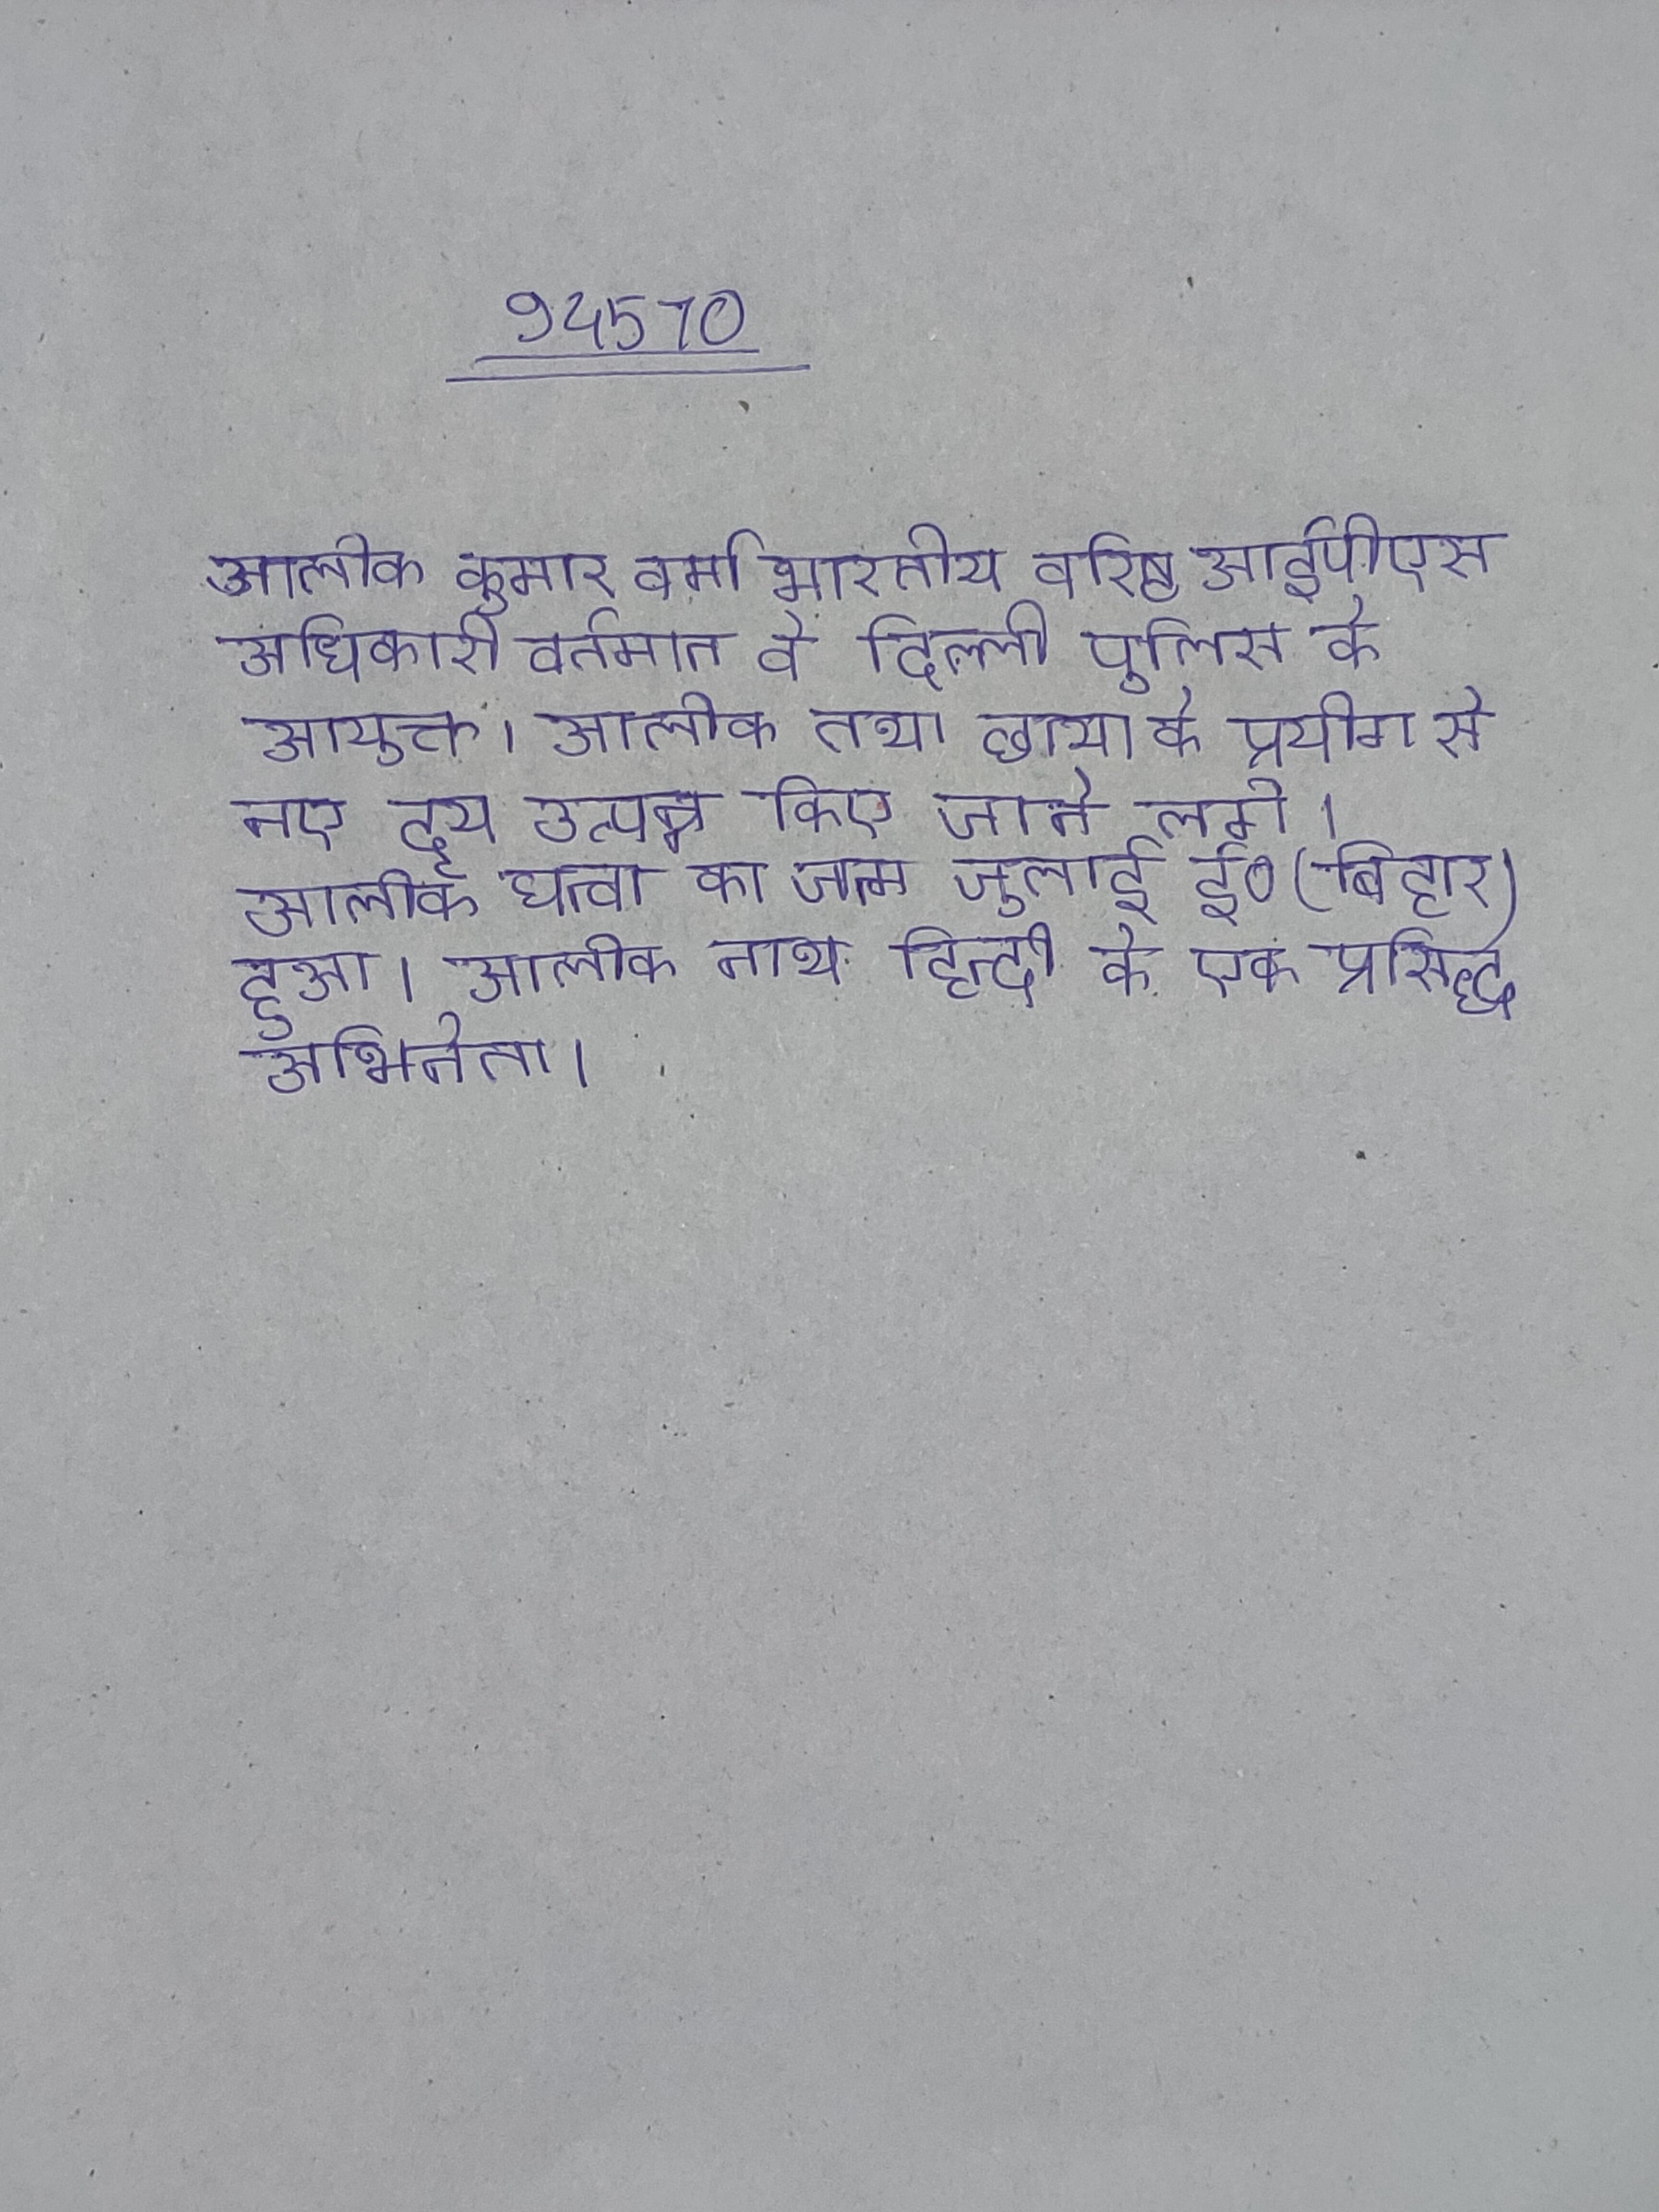
आलोक कुमार वर्मा भारतीय वरिष्ठ आईपीएस अधिकारी वर्तमान वे दिल्ली पुलिस के आयुक्त । आलोक तथा छाया के प्रयोग से नए दृय उत्पन्न किए जाने लगे । आलोक धन्वा का जन्म जुलाई ई० (बिहार) हुआ । आलोक नाथ हिन्दी के एक प्रसिद्ध अभिनेता ।